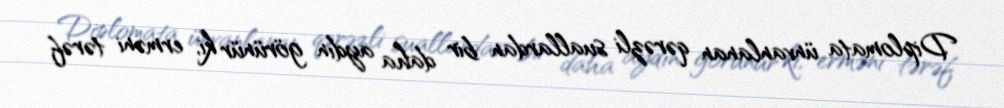
Diplomata ünvanlanan qərəzli suallardan bir daha aydın görünür ki, erməni tərəf